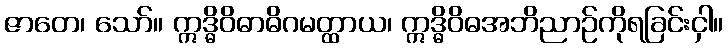
ဇာတေ၊ သော်။ ဣဒ္ဓိဝိဓာဓိဂမတ္ထာယ၊ ဣဒ္ဓိဝိဓအဘိညာဉ်ကိုရခြင်းငှါ။